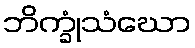
ဘိက္ခုံသံဃော